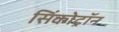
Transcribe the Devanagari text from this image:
सिंकोट्रॉन